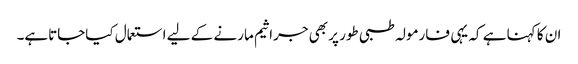
ان کا کہنا ہے کہ یہی فارمولہ طبی طور پر بھی جراثیم مارنے کے لیے استعمال کیاجاتاہے۔